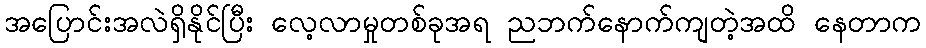
အပြောင်းအလဲရှိနိုင်ပြီး လေ့လာမှုတစ်ခုအရ ညဘက်နောက်ကျတဲ့အထိ နေတာက